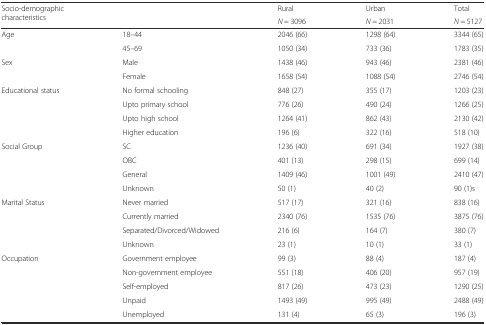
<table><thead><tr><td rowspan="2"><b>Socio-demographic characteristics</b></td><td rowspan="2"></td><td><b>Rural</b></td><td><b>Urban</b></td><td><b>Total</b></td></tr><tr><td><b><i>N</i> = 3096</b></td><td><b><i>N</i> = 2031</b></td><td><b><i>N</i> = 5127</b></td></tr></thead><tbody><tr><td rowspan="2">Age</td><td>18–44</td><td>2046 (66)</td><td>1298 (64)</td><td>3344 (65)</td></tr><tr><td>45–69</td><td>1050 (34)</td><td>733 (36)</td><td>1783 (35)</td></tr><tr><td rowspan="2">Sex</td><td>Male</td><td>1438 (46)</td><td>943 (46)</td><td>2381 (46)</td></tr><tr><td>Female</td><td>1658 (54)</td><td>1088 (54)</td><td>2746 (54)</td></tr><tr><td rowspan="4">Educational status</td><td>No formal schooling</td><td>848 (27)</td><td>355 (17)</td><td>1203 (23)</td></tr><tr><td>Upto primary school</td><td>776 (26)</td><td>490 (24)</td><td>1266 (25)</td></tr><tr><td>Upto high school</td><td>1264 (41)</td><td>862 (43)</td><td>2130 (42)</td></tr><tr><td>Higher education</td><td>196 (6)</td><td>322 (16)</td><td>518 (10)</td></tr><tr><td rowspan="4">Social Group</td><td>SC</td><td>1236 (40)</td><td>691 (34)</td><td>1927 (38)</td></tr><tr><td>OBC</td><td>401 (13)</td><td>298 (15)</td><td>699 (14)</td></tr><tr><td>General</td><td>1409 (46)</td><td>1001 (49)</td><td>2410 (47)</td></tr><tr><td>Unknown</td><td>50 (1)</td><td>40 (2)</td><td>90 (1)s</td></tr><tr><td rowspan="4">Marital Status</td><td>Never married</td><td>517 (17)</td><td>321 (16)</td><td>838 (16)</td></tr><tr><td>Currently married</td><td>2340 (76)</td><td>1535 (76)</td><td>3875 (76)</td></tr><tr><td>Separated/Divorced/Widowed</td><td>216 (6)</td><td>164 (7)</td><td>380 (7)</td></tr><tr><td>Unknown</td><td>23 (1)</td><td>10 (1)</td><td>33 (1)</td></tr><tr><td rowspan="5">Occupation</td><td>Government employee</td><td>99 (3)</td><td>88 (4)</td><td>187 (4)</td></tr><tr><td>Non-government employee</td><td>551 (18)</td><td>406 (20)</td><td>957 (19)</td></tr><tr><td>Self-employed</td><td>817 (26)</td><td>473 (23)</td><td>1290 (25)</td></tr><tr><td>Unpaid</td><td>1493 (49)</td><td>995 (49)</td><td>2488 (49)</td></tr><tr><td>Unemployed</td><td>131 (4)</td><td>65 (3)</td><td>196 (3)</td></tr></tbody></table>